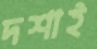
দশাই